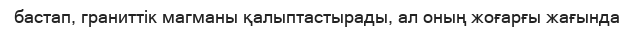
бастап, граниттік магманы қалыптастырады, ал оның жоғарғы жағында